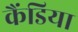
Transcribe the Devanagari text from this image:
कैंडिया